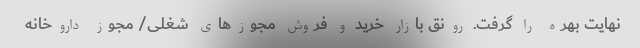
نهایت بهره را گرفت. رونق بازار خرید و فروش مجوزهای شغلی/ مجوز داروخانه